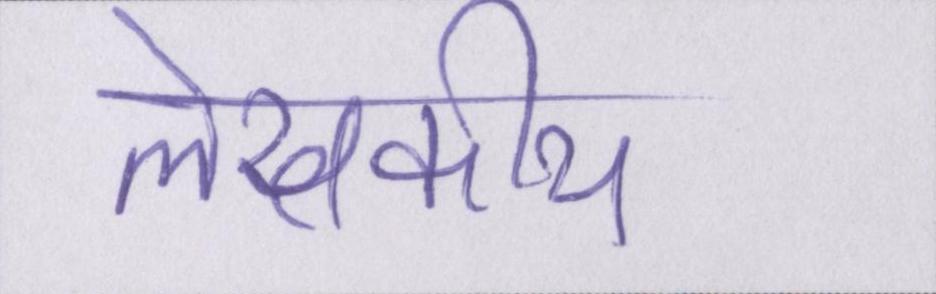
लेखकीय